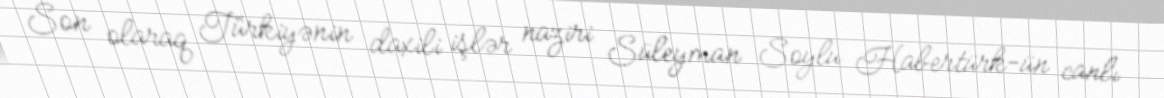
Son olaraq Türkiyənin daxili işlər naziri Süleyman Soylu Habertürk-ün canlı